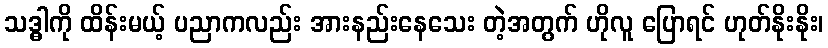
သဒ္ဓါကို ထိန်းမယ့် ပညာကလည်း အားနည်းနေသေး တဲ့အတွက် ဟိုလူ ပြောရင် ဟုတ်နိုးနိုး၊